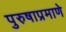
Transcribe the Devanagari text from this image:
पुरुषाप्रमाणे